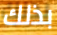
بذلك